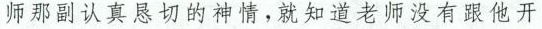
师那副认真恳切的神情，就知道老师没有跟他开